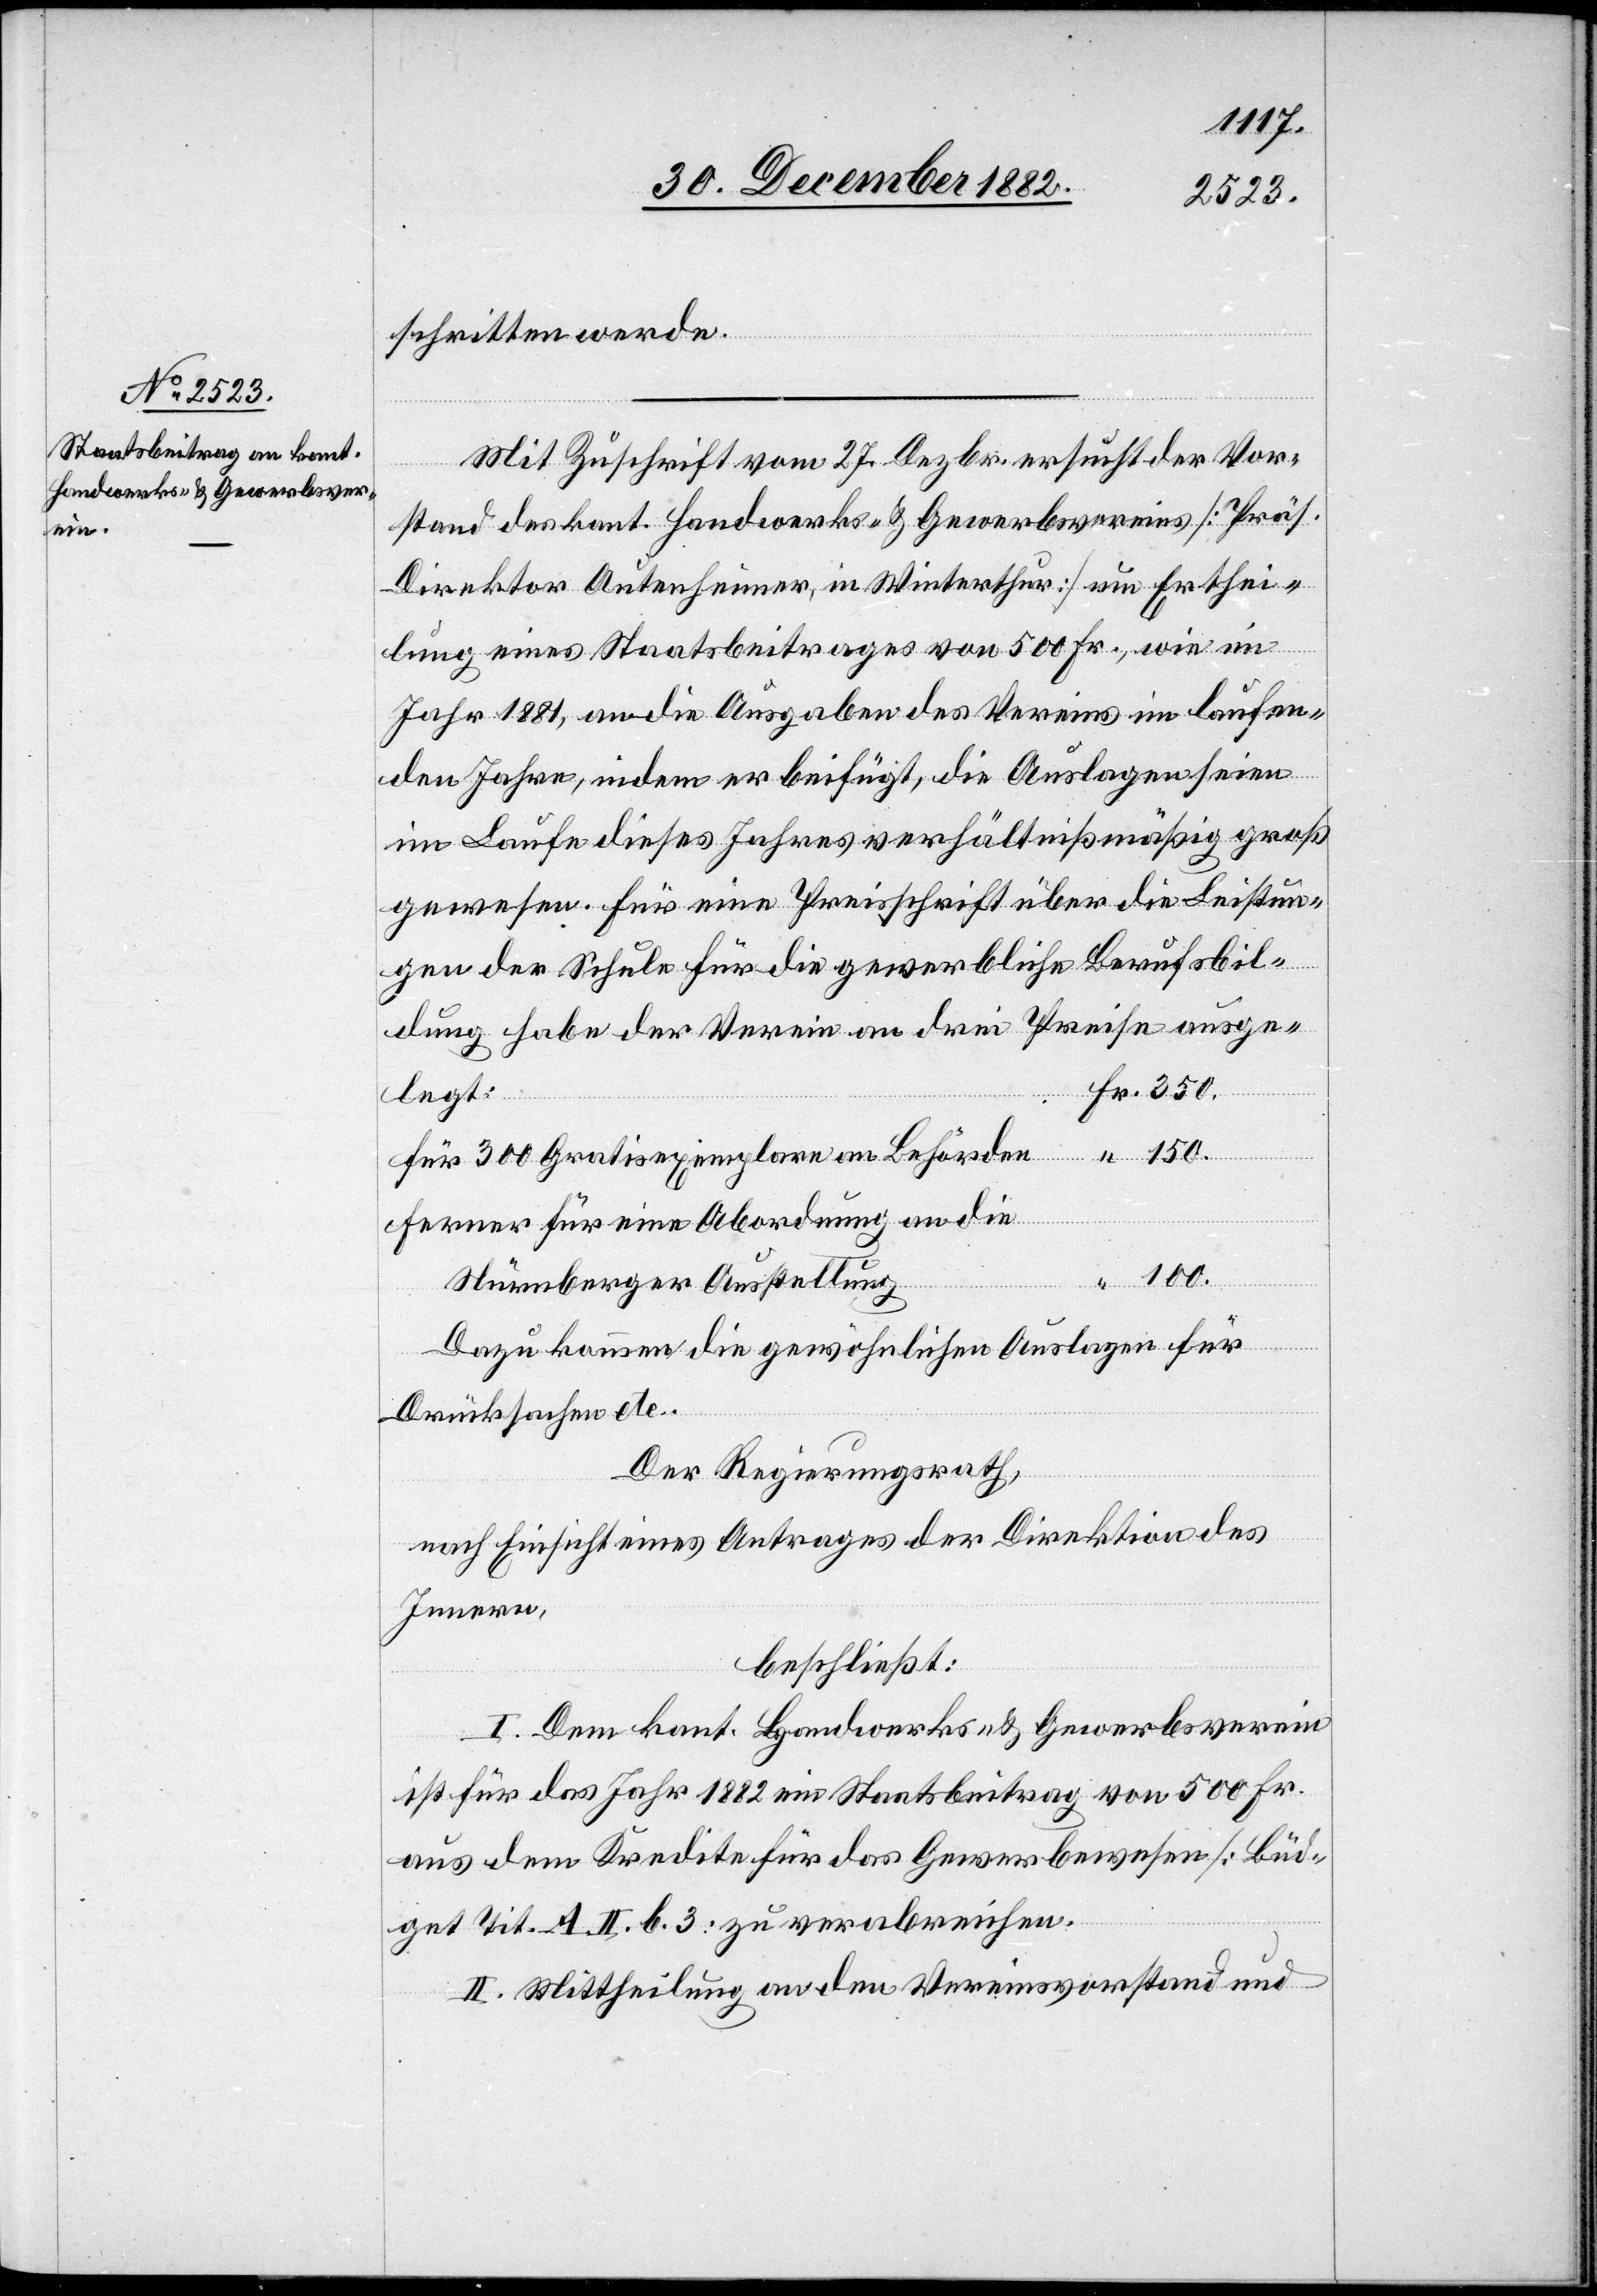
schritten werde.
Mit Zuschrift vom 27. Dezbr. ersucht der Vor¬
stand des kant. Handwerks- & Gewerbevereins [Präs.
Direktor Autenheimer, in Winterthur] um Erthei¬
lung eines Staatsbeitrages von 500 Fr., wie im
Jahr 1881, an die Ausgaben des Vereins im laufen¬
den Jahre, indem er beifügt, die Auslagen seien
im Laufe dieses Jahres verhältnißmäßig groß
gewesen. Für eine Preisschrift über die Leistun¬
Fr.
ldung habe der Verein an drei Preise ausge¬
legt:
Für 300 Gratisexemplare an Behörden
Ferner für eine Abordnung an die
Nürnberger Ausstellung
Dazu kommen die gewöhnlichen Auslagen für
Drucksachen] etc.
Der Regierungsrath,
nach Einsicht eines Antrages der Direktion des
Innern,
beschließt:
I. Dem kat. Handwerks- & Gewerbsverein
ist für das Jahr 1882 ein Staatsbeitrag von 500 Fr.
aus dem Kredite für das Gewerbewesen [Büd¬
get Tit. A. II. b. 3] zu verabreichen.
II. Mittheilung an den Vereinsvorstand und